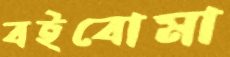
বইবোমা